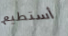
أستطيع